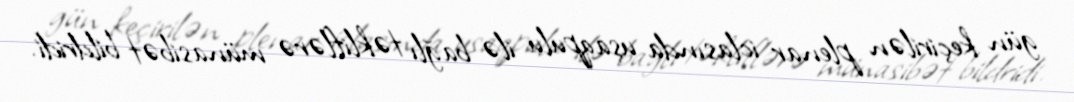
gün keçirilən plenar iclasında uşaqpulu ilə bağlı təkliflərə münasibət bildridi.